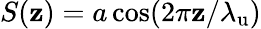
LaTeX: S(\mathbf{z})=a\cos(2\pi\mathbf{z}/{\lambda_{\mathrm{{u}}}})